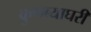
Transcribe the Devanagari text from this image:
कुणब्याघरी